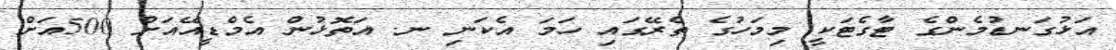
އަޅުގަނޑުމެންގެ ޓާގެޓަކީ މިމަހުގެ ތެރޭގައި ހަމަ އެކަނި ނ. އަތޮޅުން އެމްޑީއޭއަށް 500އަށް